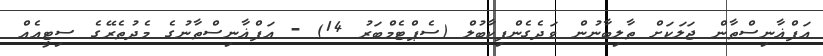
އަފްޣާނިސްތާން ޖަލަކަށް ތާލިބާނުން ވަދެގެންފިކާބުލް (ސެޕްޓެމްބަރު 14) - އަފްޣާނިސްތާނުގެ މެދުތެރޭގެ ސިޓީއެއް